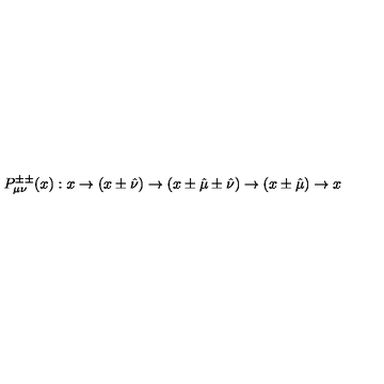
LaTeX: P _ { \mu \nu } ^ { \pm \pm } ( x ) : x \rightarrow ( x \pm \hat { \nu } ) \rightarrow ( x \pm \hat { \mu } \pm \hat { \nu } ) \rightarrow ( x \pm \hat { \mu } ) \rightarrow x